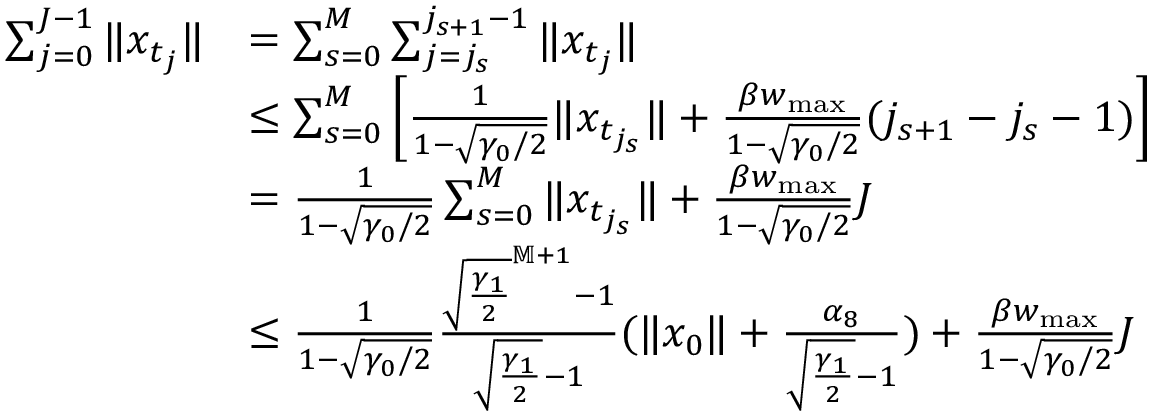
\begin{array} { r l } { \sum _ { j = 0 } ^ { J - 1 } \| x _ { t _ { j } } \| } & { = \sum _ { s = 0 } ^ { M } \sum _ { j = { j _ { s } } } ^ { j _ { s + 1 } - 1 } \| x _ { t _ { j } } \| } \\ & { \leq \sum _ { s = 0 } ^ { M } \left[ \frac { 1 } { 1 - \sqrt { \gamma _ { 0 } / 2 } } \| x _ { t _ { j _ { s } } } \| + \frac { \beta w _ { \operatorname* { m a x } } } { 1 - \sqrt { \gamma _ { 0 } / 2 } } ( j _ { s + 1 } - j _ { s } - 1 ) \right] } \\ & { = \frac { 1 } { 1 - \sqrt { \gamma _ { 0 } / 2 } } \sum _ { s = 0 } ^ { M } \| x _ { t _ { j _ { s } } } \| + \frac { \beta w _ { \operatorname* { m a x } } } { 1 - \sqrt { \gamma _ { 0 } / 2 } } J } \\ & { \leq \frac { 1 } { 1 - \sqrt { \gamma _ { 0 } / 2 } } \frac { \sqrt { \frac { \gamma _ { 1 } } { 2 } } ^ { \mathbb M + 1 } - 1 } { \sqrt { \frac { \gamma _ { 1 } } { 2 } } - 1 } ( \| x _ { 0 } \| + \frac { \alpha _ { 8 } } { \sqrt { \frac { \gamma _ { 1 } } { 2 } } - 1 } ) + \frac { \beta w _ { \operatorname* { m a x } } } { 1 - \sqrt { \gamma _ { 0 } / 2 } } J } \end{array}